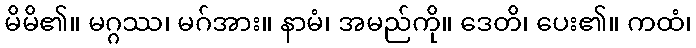
မိမိ၏။ မဂ္ဂဿ၊ မဂ်အား။ နာမံ၊ အမည်ကို။ ဒေတိ၊ ပေး၏။ ကထံ၊